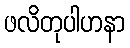
ဖလိတုပါဟနာ